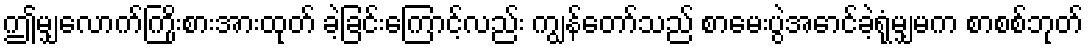
ဤမျှလောက်ကြိုးစားအားထုတ် ခဲ့ခြင်းကြောင့်လည်း ကျွန်တော်သည် စာမေးပွဲအောင်ခဲ့ရုံမျှမက စာစစ်ဘုတ်